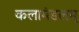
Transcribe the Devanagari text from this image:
कलामंडलम्‌